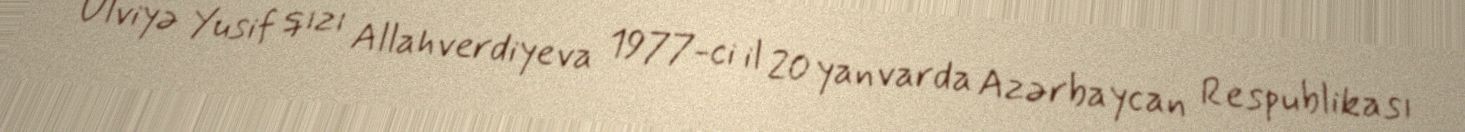
Ülviyə Yusif qızı Allahverdiyeva 1977-ci il 20 yanvarda Azərbaycan Respublikası